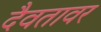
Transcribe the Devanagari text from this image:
दैवतावर